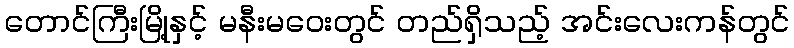
တောင်ကြီးမြို့နှင့် မနီးမဝေးတွင် တည်ရှိသည့် အင်းလေးကန်တွင်